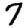
Digit: 7